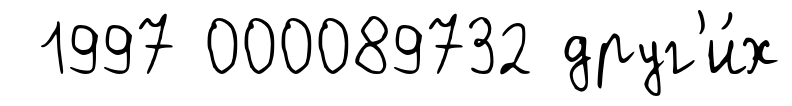
1997 000089732 друг'и́х